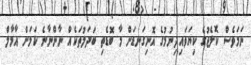
ނަމަވެސް ކޮލެޖުގެ ކިޔަވައިދިނުމުގެ އޮނިގަނޑަށް މާ ބޮޑެތި ބަދަލުތަކެއް ނާންނާނެ ކަމަށް އާމާލް